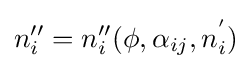
n_{i}''=n_{i}''(\phi ,\alpha _{ij},n_{i}^{'})